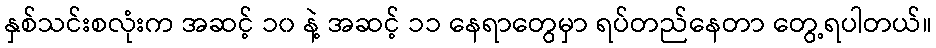
နှစ်သင်းစလုံးက အဆင့် ၁၀ နဲ့ အဆင့် ၁၁ နေရာတွေမှာ ရပ်တည်နေတာ တွေ့ရပါတယ်။